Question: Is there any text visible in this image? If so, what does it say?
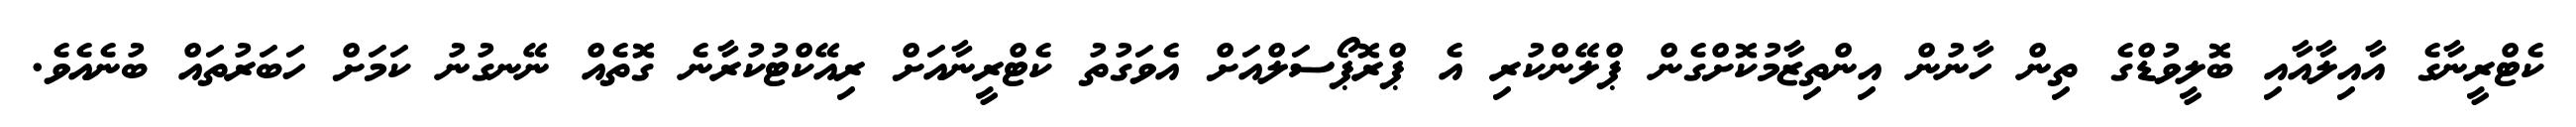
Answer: ކެޓްރީނާގެ އާއިލާއާއި ބޮލީވުޑްގެ ތިން ހާނުން އިންތިޒާމުކޮށްގެން ޕްލޭންކުރި އެ ޕްރޮޕޯސަލްއަށް އެވަގުތު ކެޓްރީނާއަށް ރިއޭކްޓުކުރާނެ ގޮތެއް ނޭނގުނު ކަމަށް ހަބަރުތައް ބުނެއެވެ.